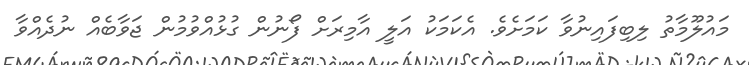
މައުލޫމާތު ލިބިފައިނުވާ ކަމަށެވެ. އެކަމަކު އަލީ އާމިރަށް ފޯނުން ގުޅުއްވުމުން ޖަވާބެއް ނުދެއްވާ